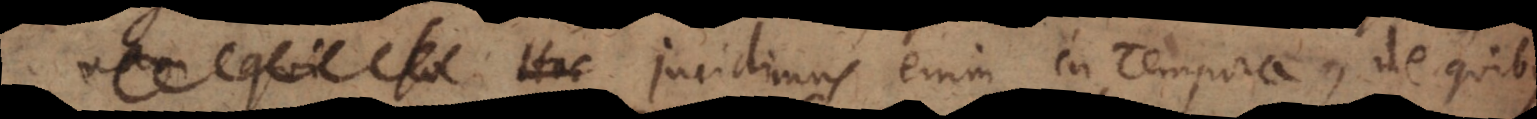
. Incidimus enim in tempora, de quibus